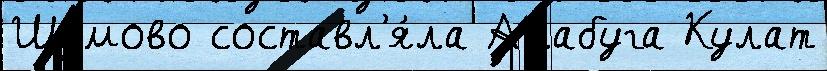
Шумово составл'я́ла Алабуга Кулат